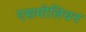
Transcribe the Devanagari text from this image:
एशमोलियन